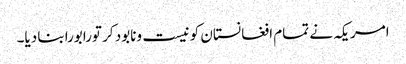
امریکہ نے تمام افغانستان کو نیست ونابود کر تورابورابنا دیا۔